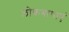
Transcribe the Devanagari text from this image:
लोकगाथाएं